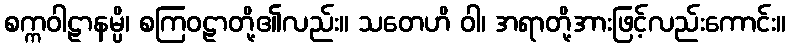
စက္ကဝါဠာနမ္ပိ၊ စကြဝဠာတို့၏လည်း။ သတေဟိ ဝါ၊ အရာတို့အားဖြင့်လည်းကောင်း။